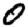
Digit: 0